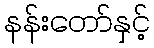
နန်းတော်နှင့်